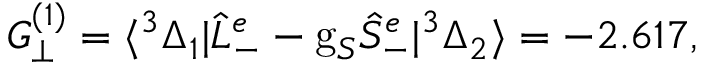
G _ { \perp } ^ { ( 1 ) } = \langle ^ { 3 } \Delta _ { 1 } | \hat { L } _ { - } ^ { e } - \mathrm { g } _ { S } \hat { S } _ { - } ^ { e } | ^ { 3 } \Delta _ { 2 } \rangle = - 2 . 6 1 7 ,